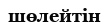
шөлейтін